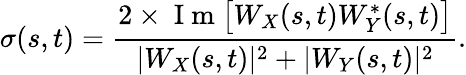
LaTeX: \sigma(s,t)=\frac{2\times\mathrm{~I~m~}\big[W_{X}(s,t)W_{Y}^{*}(s,t)\big]}{|W_{X}(s,t)|^{2}+|W_{Y}(s,t)|^{2}}.